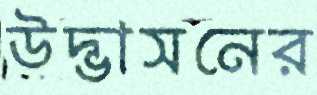
উদ্ভাসনের